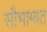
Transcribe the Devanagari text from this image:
सौभाग्यत